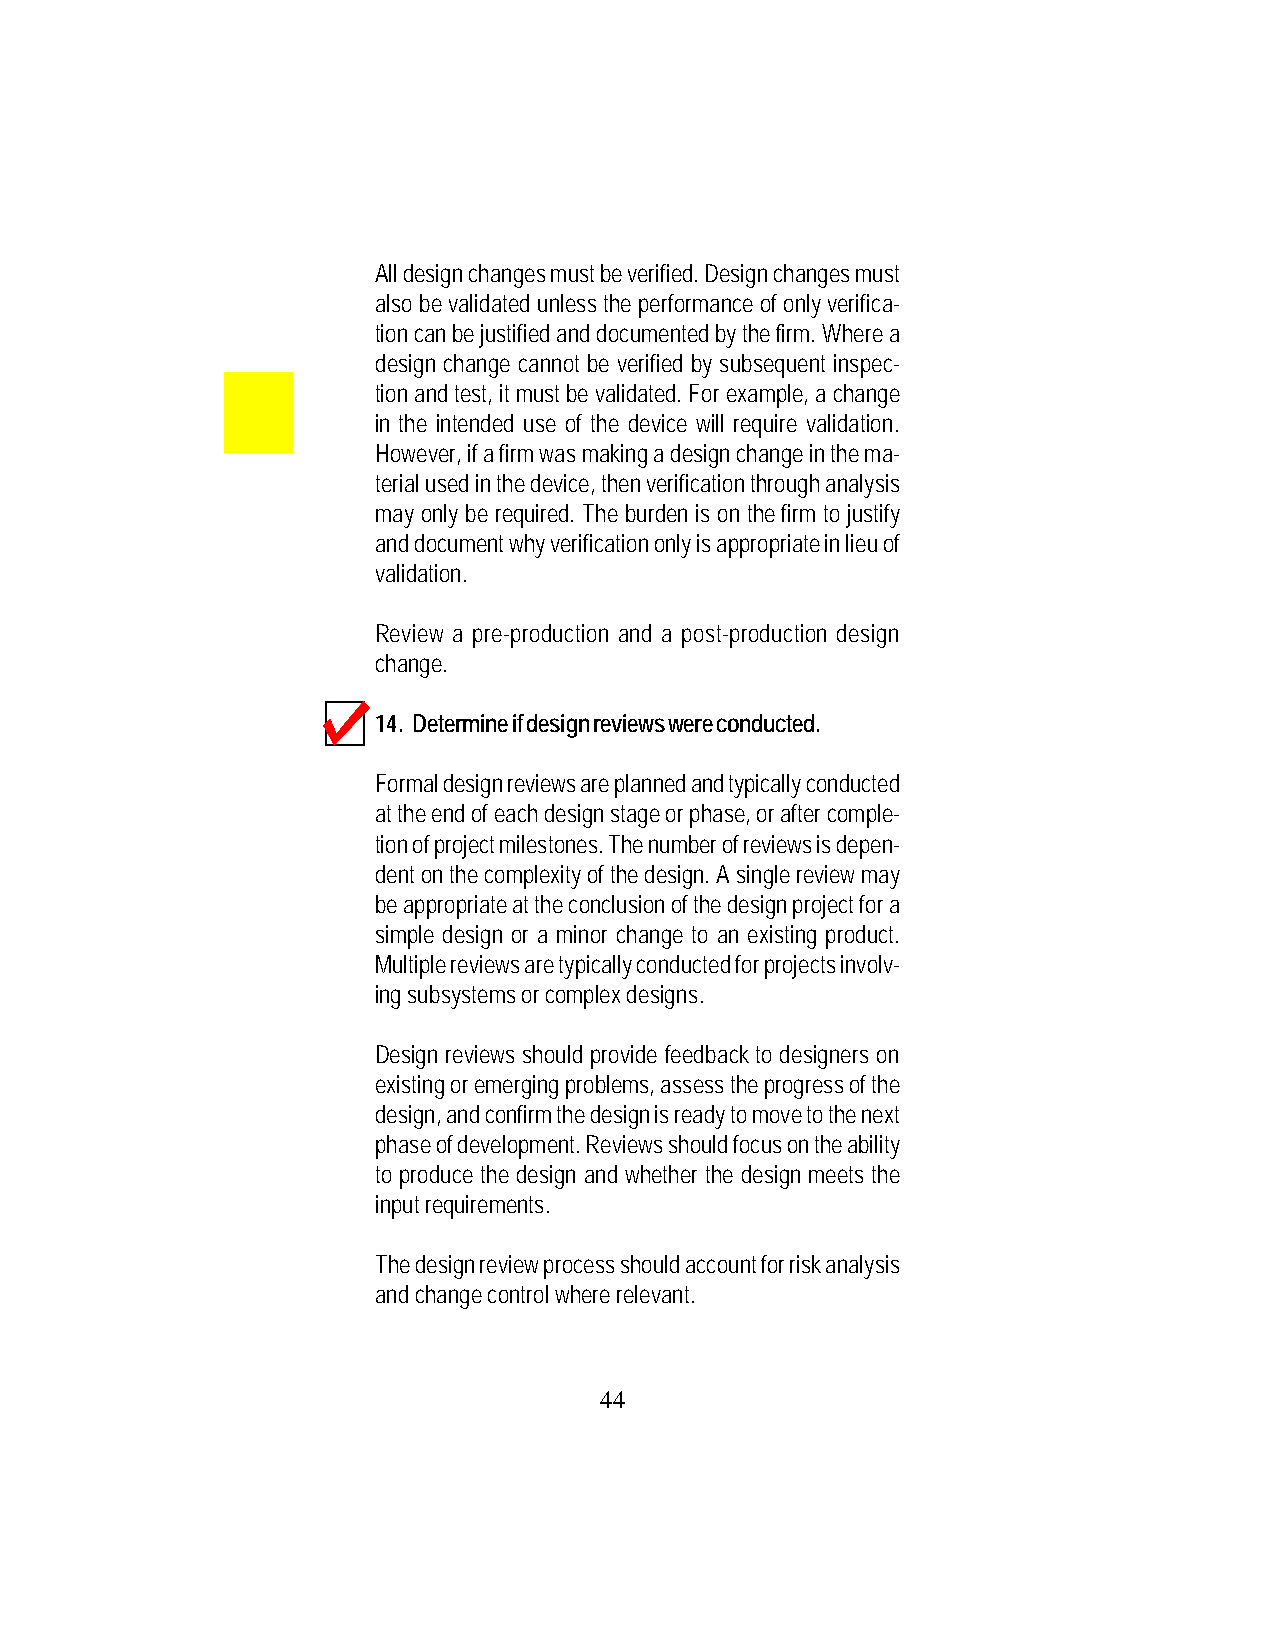
All design changes must be verified. Design changes must
 also be validated unless the performance of only verifica-
 tion can be justified and documented by the firm. Where a
 design change cannot be verified by subsequent inspec-
 tion and test, it must be validated. For example, a change
 in the intended use of the device will require validation.
 However, if a firm was making a design change in the ma-
 terial used in the device, then verification through analysis
 may only be required. The burden is on the firm to justify
 and document why verification only is appropriate in lieu of
 validation.
 Review a pre-production and a post-production design
 change.
 14. Determine if design reviews were conducted.
 Formal design reviews are planned and typically conducted
 at the end of each design stage or phase, or after comple-
 tion of project milestones. The number of reviews is depen-
 dent on the complexity of the design. A single review may
 be appropriate at the conclusion of the design project for a
 simple design or a minor change to an existing product.
 Multiple reviews are typically conducted for projects involv-
 ing subsystems or complex designs.
 Design reviews should provide feedback to designers on
 existing or emerging problems, assess the progress of the
 design, and confirm the design is ready to move to the next
 phase of development. Reviews should focus on the ability
 to produce the design and whether the design meets the
 input requirements.
 The design review process should account for risk analysis
 and change control where relevant.
 44